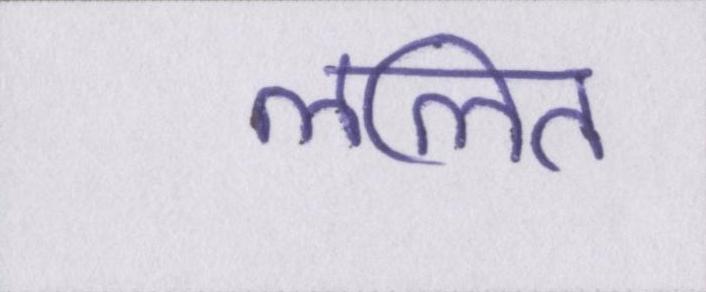
ललित